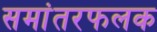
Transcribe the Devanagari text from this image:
समांतरफलक